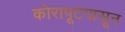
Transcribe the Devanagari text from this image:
कोरापूटपासून